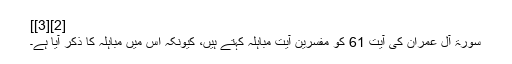
[2][3]]
سورۃ آل عمران کی آیت 61 کو مفسرین آیت مباہلہ کہتے ہیں، کیونکہ اس میں مباہلہ کا ذکر آیا ہے۔